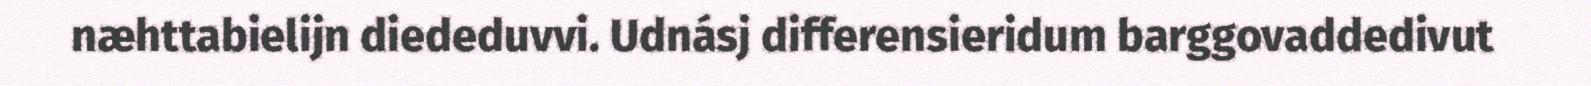
næhttabielijn diededuvvi. Udnásj differensieridum barggovaddedivut